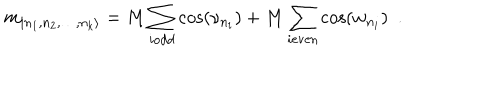
LaTeX: m _ { | n _ { 1 } , n _ { 2 } , \dots , n _ { k } \rangle } = M \sum _ { i \textrm { } \mathrm { o d d } } \cos ( \nu _ { n _ { i } } ) + M \sum _ { i \textrm { } \mathrm { e v e n } } \cos ( w _ { n _ { i } } ) \, \, \, .